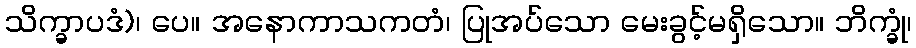
သိက္ခာပဒံ)၊ ပေ။ အနောကာသကတံ၊ ပြုအပ်သော မေးခွင့်မရှိသော။ ဘိက္ခုံ၊